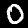
Digit: 0